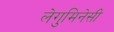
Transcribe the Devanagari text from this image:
लेगुमिनेसी